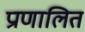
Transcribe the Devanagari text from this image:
प्राणालित